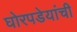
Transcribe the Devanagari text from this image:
घोरपडेयांची